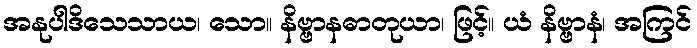
အနုပါဒိသေသာယ၊ သော။ နိဗ္ဗာနဓာတုယာ၊ ဖြင့်။ ယံ နိဗ္ဗာနံ၊ အကြင်